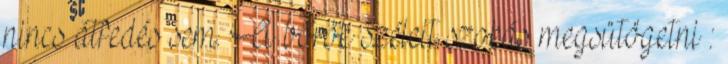
nincs átfedés sem. A bőrök széleit szokás megsütögetni :